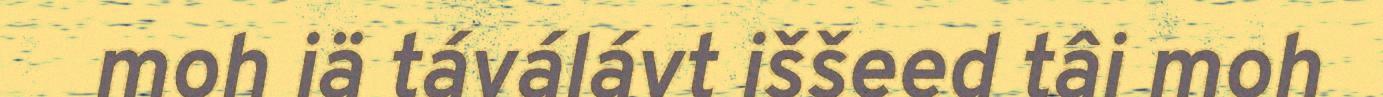
moh iä táválávt iššeed tâi moh